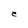
Character: e